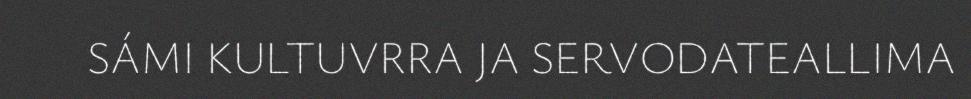
SÁMI KULTUVRRA JA SERVODATEALLIMA